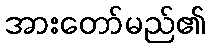
အားတော်မည်၏